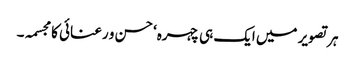
ہر تصویر میں ایک ہی چہرہ‘ حسن و رعنائی کا مجسمہ۔